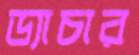
ড্যাচার